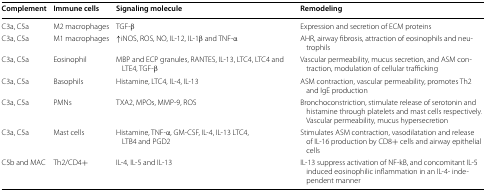
<table><thead><tr><td><b>Complement</b></td><td><b>Immune cells</b></td><td><b>Signaling molecule</b></td><td><b>Remodeling</b></td></tr></thead><tbody><tr><td>C3a, C5a</td><td>M2 macrophages</td><td>TGF-β</td><td>Expression and secretion of ECM proteins</td></tr><tr><td>C3a, C5a</td><td>M1 macrophages</td><td>↑iNOS, ROS, NO, IL-12, IL-1β and TNF-α</td><td>AHR, airway fibrosis, attraction of eosinophils and neutrophils</td></tr><tr><td>C3a, C5a</td><td>Eosinophil</td><td>MBP and ECP granules, RANTES, IL-13, LTC4, LTC4 and LTE4, TGF-β</td><td>Vascular permeability, mucus secretion, and ASM contraction, modulation of cellular trafficking</td></tr><tr><td>C3a, C5a</td><td>Basophils</td><td>Histamine, LTC4, IL-4, IL-13</td><td>ASM contraction, vascular permeability, promotes Th2 and IgE production</td></tr><tr><td>C3a, C5a</td><td>PMNs</td><td>TXA2, MPOs, MMP-9, ROS</td><td>Bronchoconstriction, stimulate release of serotonin and histamine through platelets and mast cells respectively. Vascular permeability, mucus hypersecretion</td></tr><tr><td>C3a, C5a</td><td>Mast cells</td><td>Histamine, TNF-α, GM-CSF, IL-4, IL-13 LTC4, LTB4 and PGD2</td><td>Stimulates ASM contraction, vasodilatation and release of IL-16 production by CD8+ cells and airway epithelial cells</td></tr><tr><td>C5b and MAC</td><td>Th2/CD4+</td><td>IL-4, IL-5 and IL-13</td><td>IL-13 suppress activation of NF-kB, and concomitant IL-5 induced eosinophilic inflammation in an IL-4- independent manner</td></tr></tbody></table>